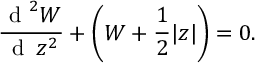
\frac { \mathrm { ~ d ~ } ^ { 2 } W } { \mathrm { ~ d ~ } \, z ^ { 2 } } + \left( W + \frac { 1 } { 2 } | z | \right) = 0 .